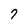
Character: 7